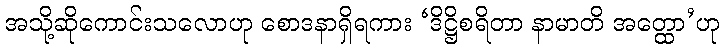
အသို့ဆိုကောင်းသလောဟု စောဒနာရှိရကား ‘ဒိဋ္ဌိစရိတာ နာမာတိ အတ္ထော’ဟု